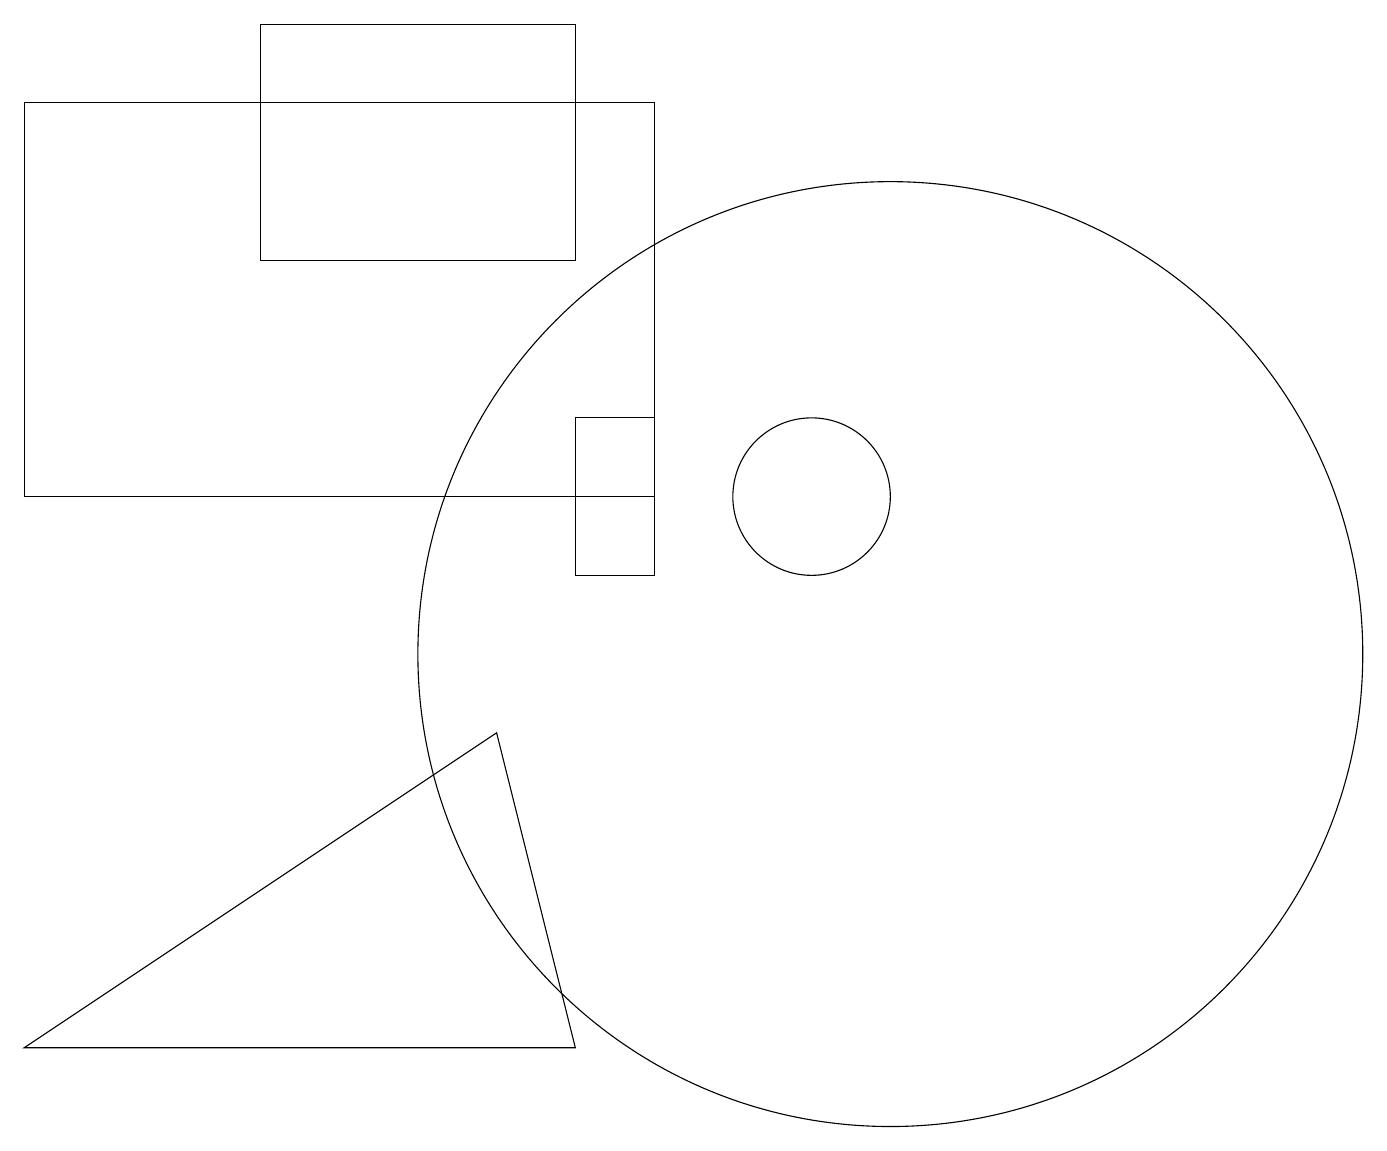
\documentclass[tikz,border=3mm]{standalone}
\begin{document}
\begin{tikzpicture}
\draw (11,12) circle (1);
\draw (8,11) rectangle (9,13);
\draw (8,15) rectangle (4,18);
\draw (12,10) circle (6);
\draw (7,9) -- (1,5) -- (8,5) -- cycle;
\draw (9,17) rectangle (1,12);
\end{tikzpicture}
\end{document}